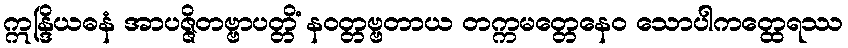
ဣန္ဒြိယဓနံ အာပဇ္ဇိတဗ္ဗာပတ္တိံ နဝတ္တဗ္ဗတာယ တက္ကမတ္တေနေဝ သောပါကတ္ထေရဿ